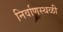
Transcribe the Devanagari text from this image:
निर्वाणस्थळी